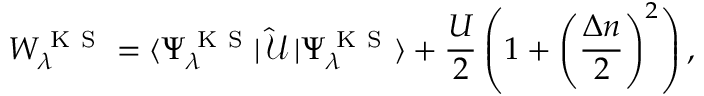
W _ { \lambda } ^ { \mathrm { ~ K ~ S ~ } } = \langle \Psi _ { \lambda } ^ { \mathrm { ~ K ~ S ~ } } | \, \mathcal { \hat { U } } \, | \Psi _ { \lambda } ^ { \mathrm { ~ K ~ S ~ } } \rangle + \frac { U } { 2 } \left( 1 + \left( \frac { \Delta n } { 2 } \right) ^ { 2 } \right) ,